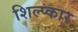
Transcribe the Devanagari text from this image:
शिल्प्कार